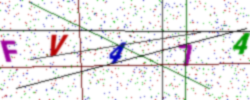
Text: FV474